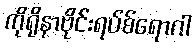
ကိုရိုနာဗိုင်းရပ်စ်ရောဂါ